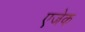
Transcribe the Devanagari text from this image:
एजेक